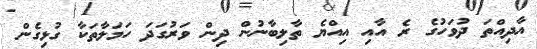
އާދިއްތަ ދުވަހުގެ ރެ އާއި އިއްޔެ ތާލިބާނުން ދިން ވަރުގަދަ ހަމަލާތަކާ ގުޅިގެން